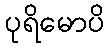
ပုရိမောပိ